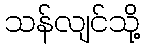
သန်လျင်သို့